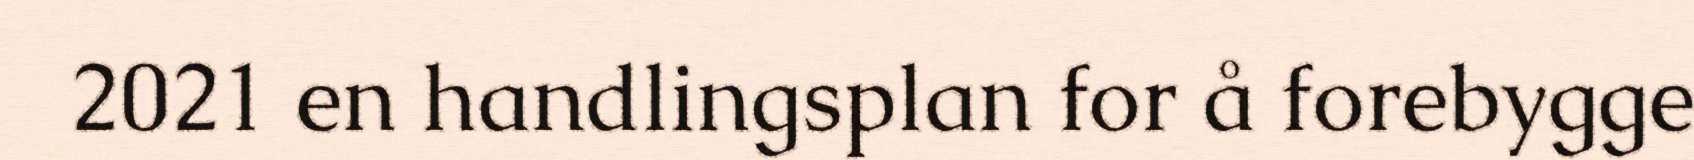
2021 en handlingsplan for å forebygge